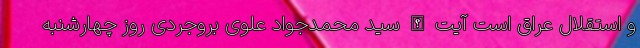
و استقلال عراق است آیت الله سید محمدجواد علوی بروجردی روز چهارشنبه